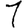
Digit: 1